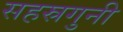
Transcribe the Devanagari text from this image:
सहस्रगुनी